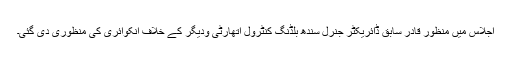
اجلاس میں منظور قادر سابق ڈائریکٹر جنرل سندھ بلڈنگ کنٹرول اتھارٹی ودیگر کے خلاف انکوائری کی منظوری دی گئی۔